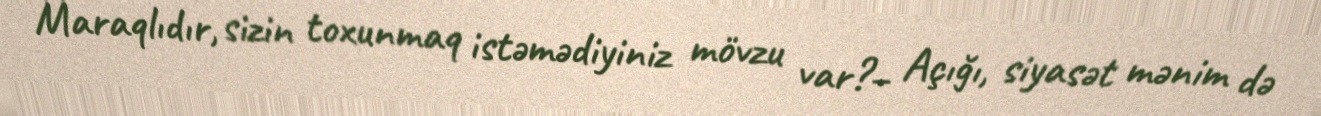
Maraqlıdır, sizin toxunmaq istəmədiyiniz mövzu var?– Açığı, siyasət mənim də